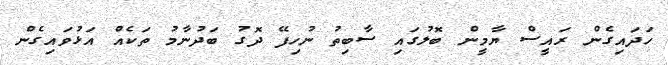
ހަދައިގެން ރައީސް ޔާމީން ބޮލުގައި ސާބިތު ނުހިފޭ ދޮގު ބަދުނާމު ތަކެއް އަޅުވައިގެން